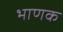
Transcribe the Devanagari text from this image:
भाणक